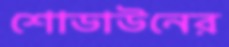
শোডাউনের